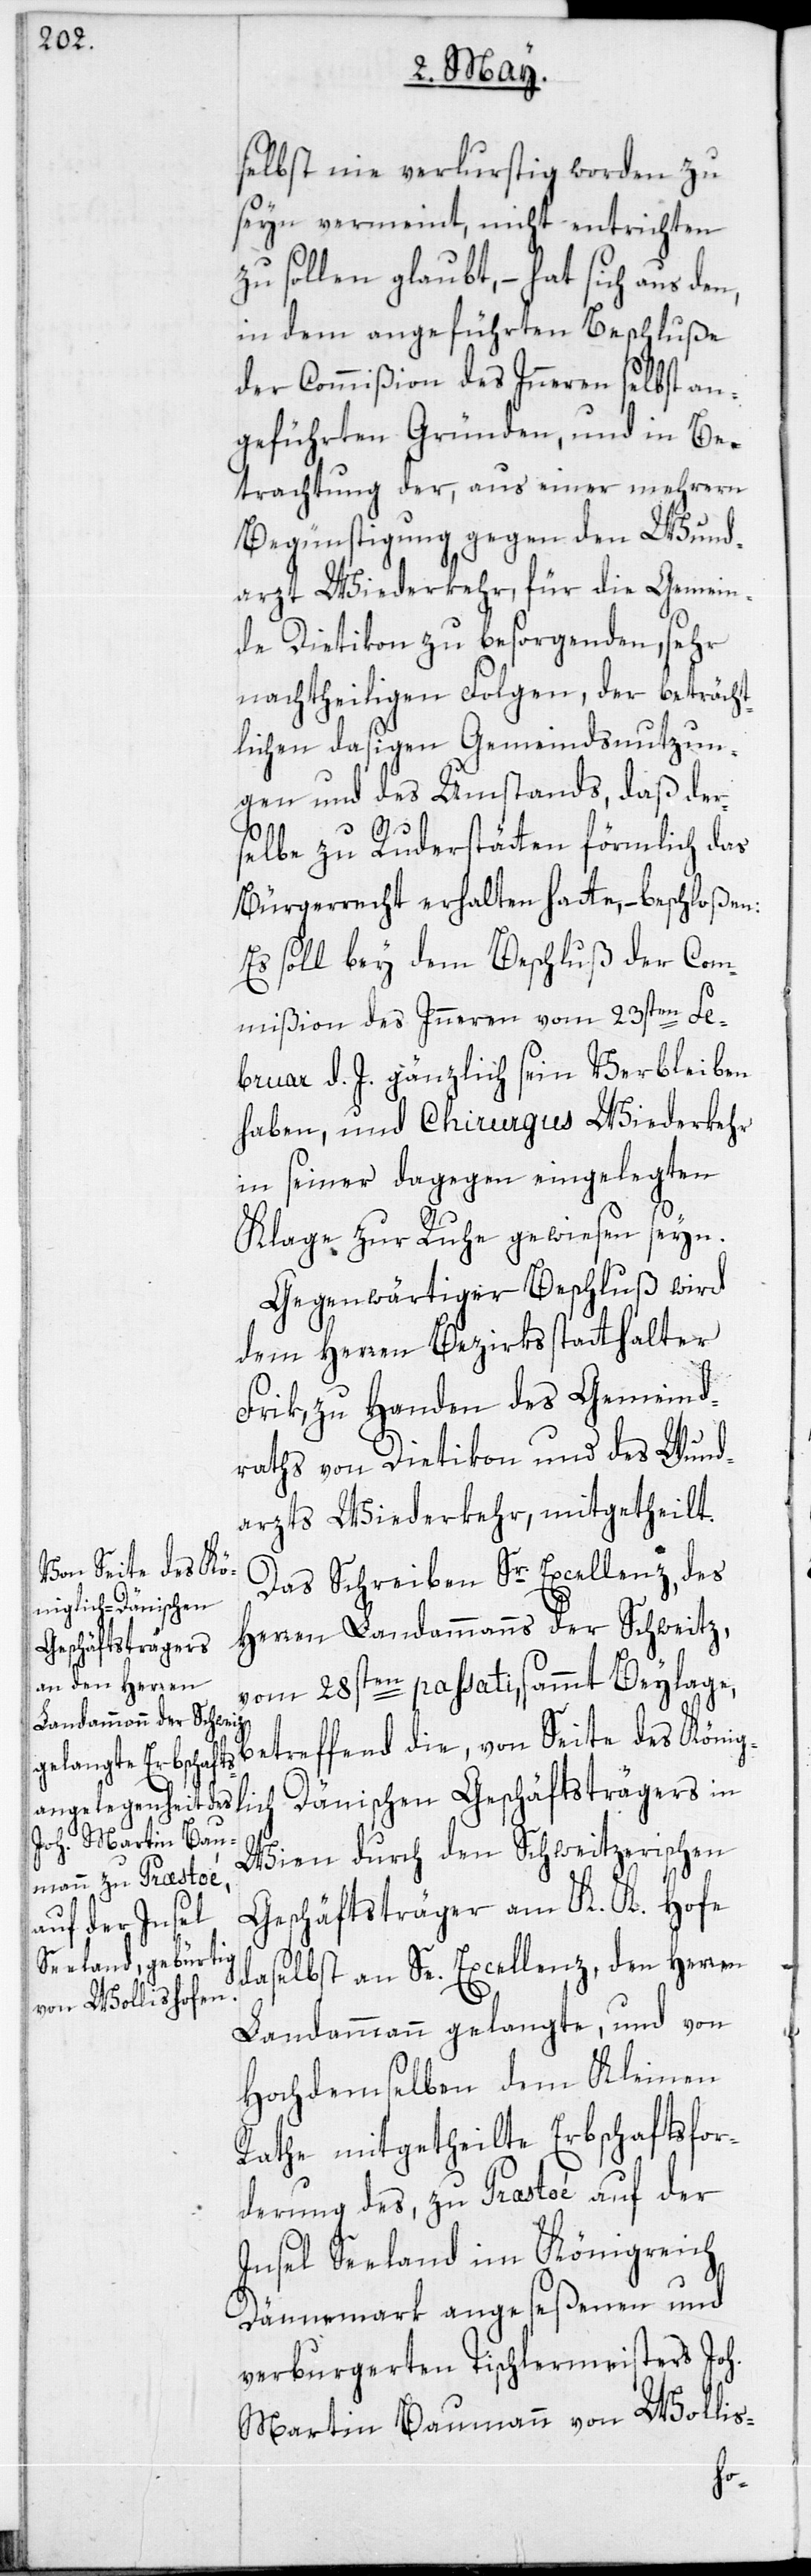
selbst nie verlurstig worden zu
seyn vermeint, nicht entrichten
zu sollen glaubt, – hat sich aus den,
in dem angeführten Beschluße
der Commißion des Inneren selbst an¬
geführten Gründen, und in Be¬
trachtung der, aus einer mehrern
Begünstigung gegen den Wund¬
arzt Wiederkehr, für die Gemein¬
de Dietikon zu besorgenden, sehr
nachtheiligen Folgen, der beträcht¬
lichen dasigen Gemeindsnutzun¬
gen und des Umstands, daß der¬
selbe zu Ruderstätten förmlich das
Bürgerrecht erhalten hatte, – beschloßen:
Es soll bey dem Beschluß der Com¬
mißion des Inneren vom 23sten Fe¬
bruar d. J. gänzlich sein Verbleiben
haben, und Chirurgus Wiederkehr
in seiner dagegen eingelegten
Klage zur Ruhe gewiesen seyn.
Gegenwärtiger Beschluß wird
dem Herren Bezirksstatthalter
Frik, zu Handen des Gemeind¬
raths von Dietikon und des Wund¬
arzts Wiederkehr, mitgetheilt.
Das Schreiben Sr. Excellenz, des
Herren Landammanns der Schweitz,
vom 28sten passati, sammt Beylage,
betreffend die, von Seite des König¬
lich Dänischen Geschäftsträgers in
Wien durch den Schweitzerischen
Geschäftsträger am K. K. Hofe
daselbst an Se. Excellenz, den Herren
Landammann gelangte, und von
Hochdemselben dem Kleinen
Rathe mitgetheilte Erbschaftsfor¬
derung des, zu Praestoé auf der
Insel Seeland im Königreich
Dännemark angeseßenen und
verburgerten Tischlermeisters Joh.
Martin Baumann von Wollis-